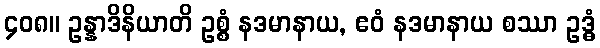
၄၀၈။ ဥန္နာဒိနိယာတိ ဥစ္စံ နဒမာနာယ, ဧဝံ နဒမာနာယ စဿာ ဥဒ္ဓံ